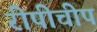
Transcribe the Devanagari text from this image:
रीपीचीप